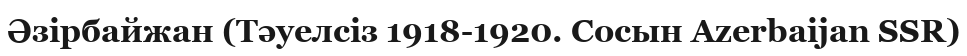
Әзірбайжан (Тәуелсіз 1918-1920. Сосын Azerbaijan SSR)